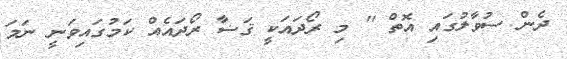
ދެން ސުވާލުގައި އޮތް '' މި ރޯދައަކީ ޤަޟާ ރޯދައެއް ކަމުގައިވަނީ ނަމަ